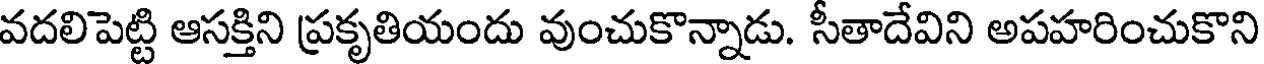
వదలిపెట్టి ఆసక్తిని ప్రకృతియందు వుంచుకొన్నాడు. సీతాదేవిని అపహరించుకొని